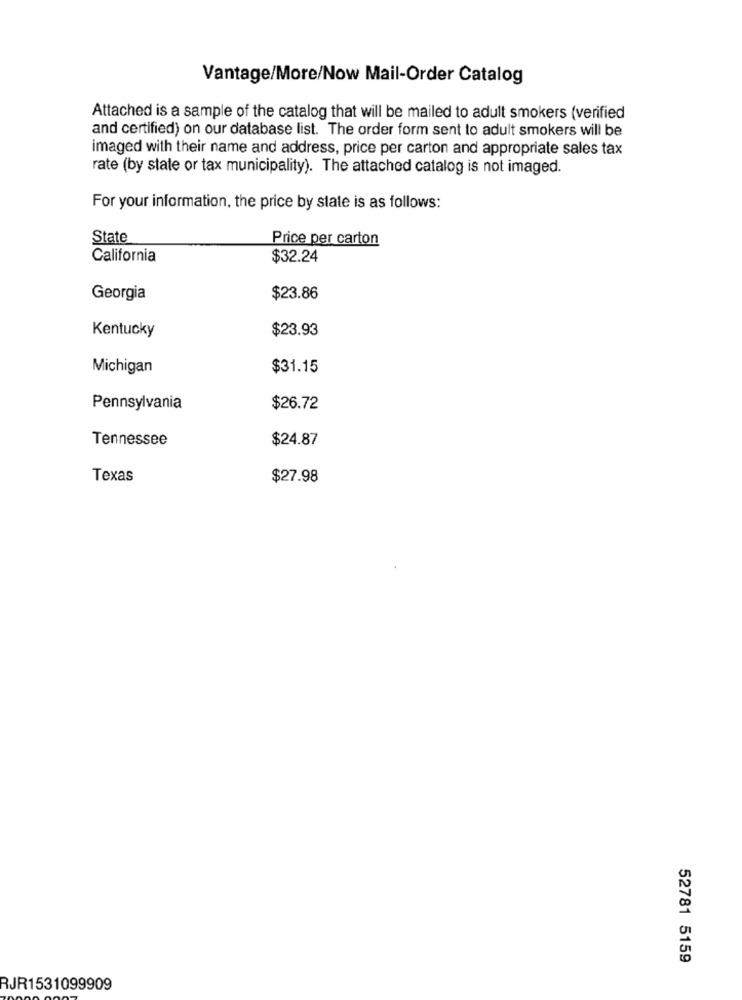
Vantage/More/Now Mail-Order Catalog
Attached is a sample of the catalog that will be mailed to adult smokers (verified
and certified) on our database list. The order form sent to adult smokers will be
imaged with their name and address, price per carton and appropriate sales tax
rate (by state or tax municipality). The attached catalog is not imaged.
For your information, the price by state is as follows:
State
Price per carton
California
$32.24
Georgia
$23.86
$23.93
Kentucky
Michigan
$31.15
Pennsylvania
$26.72
Tennessee
$24.87
Texas
$27.98
52781 5159
RJR1531099909